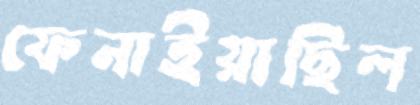
ফেনাইয়াছিল